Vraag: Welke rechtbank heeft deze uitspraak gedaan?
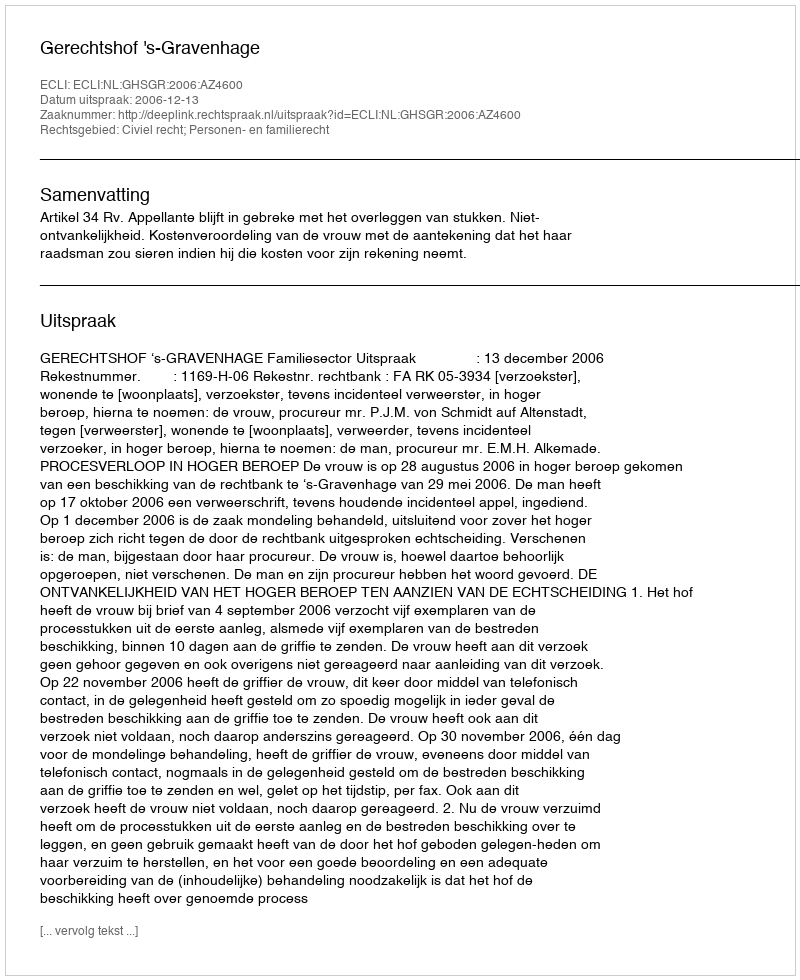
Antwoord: Gerechtshof 's-Gravenhage